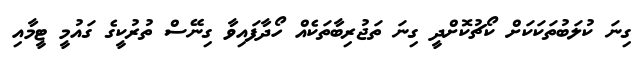
ގިނަ ކުލަބުތަކަކަށް ކޯޗުކޮށްދީ ގިނަ ތަޖުރިބާތަކެއް ހޯދާފައިވާ ގިނޭސް ތުރުކީގެ ގައުމީ ޓީމާއި